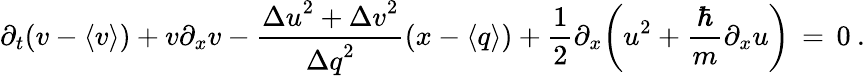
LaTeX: \partial_{t}(v-\langle v\rangle)+v\partial_{x}v-\frac{{\Delta u}^{2}+{\Delta v}^{2}}{{\Delta q}^{2}}(x-\langle q\rangle)+\frac{1}{2}\partial_{x}\bigg(u^{2}+\frac{\hbar}{m}\partial_{x}u\bigg)\, =\, 0\: .